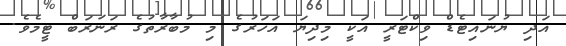
އަދި ޔުނައިޓެޑް ވިކްޓަރީ އަކީ މިދިޔަ އަހަރުގެ މި މުބާރާތުގެ ރަނަރަބް ޓީމެވެ.